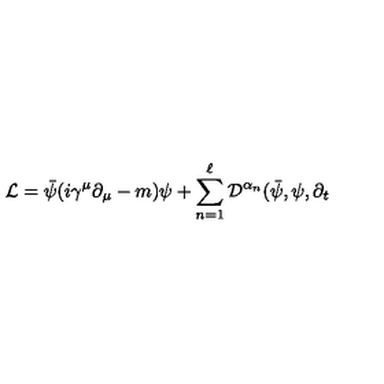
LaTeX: \mathcal { L } = \bar { \psi } ( i \gamma ^ { \mu } \partial _ { \mu } - m ) \psi + \sum _ { n = 1 } ^ { \ell } \mathcal { D } ^ { \alpha _ { n } } ( \bar { \psi } , \psi , \partial _ { t }